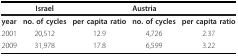
<table><thead><tr><td></td><td><b>Israel</b></td><td></td><td><b>Austria</b></td><td></td></tr></thead><tbody><tr><td><b>year</b></td><td><b>no. of cycles</b></td><td><b>per capita ratio</b></td><td><b>no. of cycles</b></td><td><b>per capita ratio</b></td></tr><tr><td>2001</td><td>20,512</td><td>12.9</td><td>4,726</td><td>2.37</td></tr><tr><td>2009</td><td>31,978</td><td>17.8</td><td>6,599</td><td>3.22</td></tr></tbody></table>